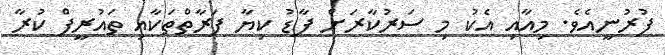
ފުރުނީއެވެ. މިއާއި އެކު މި ސަރުކާރަށް ފާޑު ކިޔާ ފަރާތްތަކާއި ތައުރީފް ކުރާ